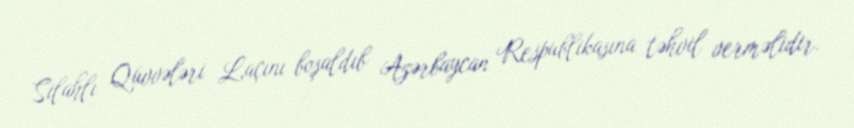
Silahlı Qüvvələri Laçını boşaldıb Azərbaycan Respublikasına təhvil verməlidir.